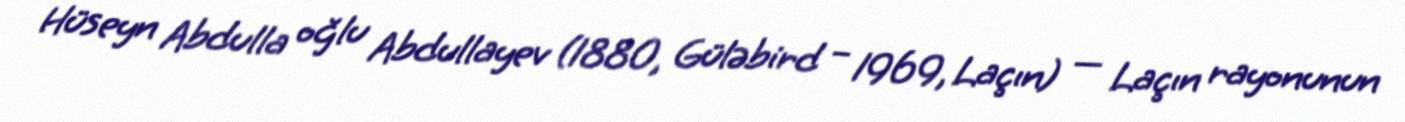
Hüseyn Abdulla oğlu Abdullayev (1880, Güləbird – 1969, Laçın) — Laçın rayonunun